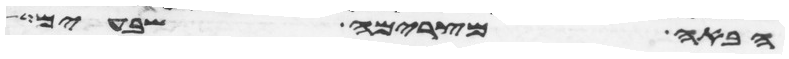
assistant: הבאה מצרימה שבעים